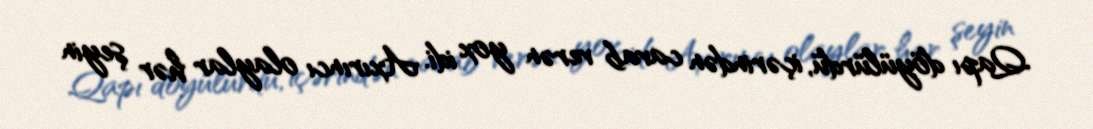
Qapı döyülürdü, içərindən cavab verən yox idi. Axırıncı olaylar hər şeyin